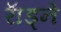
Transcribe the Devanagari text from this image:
राॅड्ने